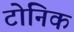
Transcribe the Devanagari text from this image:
टोनिक